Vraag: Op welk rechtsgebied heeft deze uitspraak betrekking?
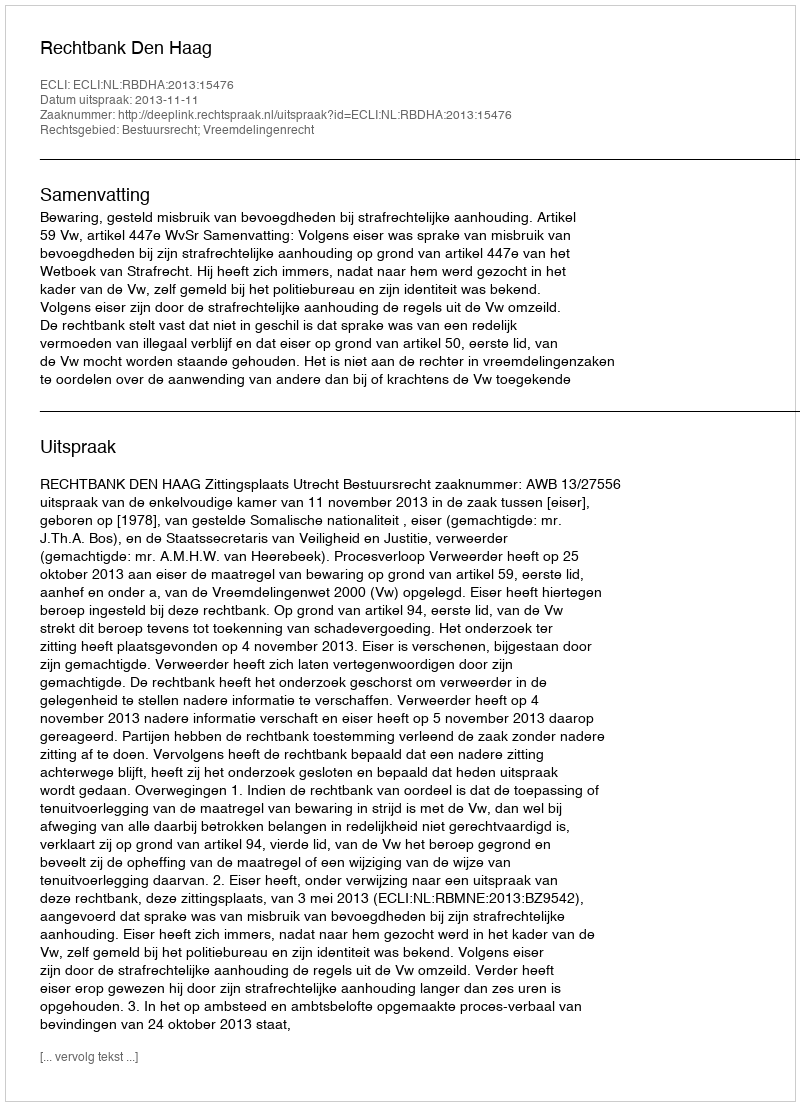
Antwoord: Bestuursrecht; Vreemdelingenrecht